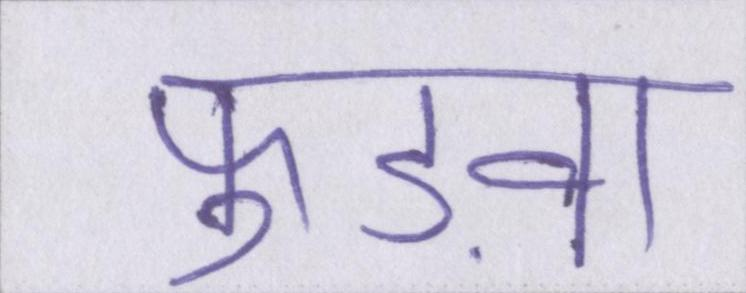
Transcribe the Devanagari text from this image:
फुड़वा